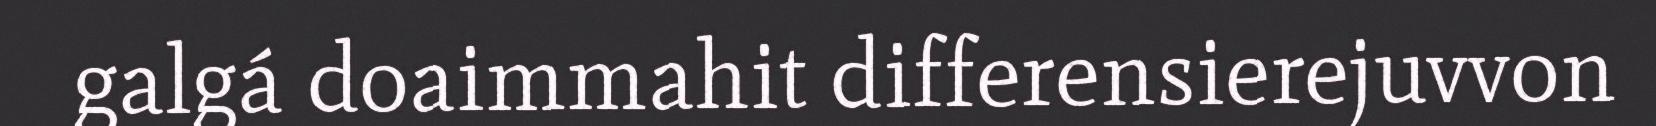
galgá doaimmahit differensierejuvvon